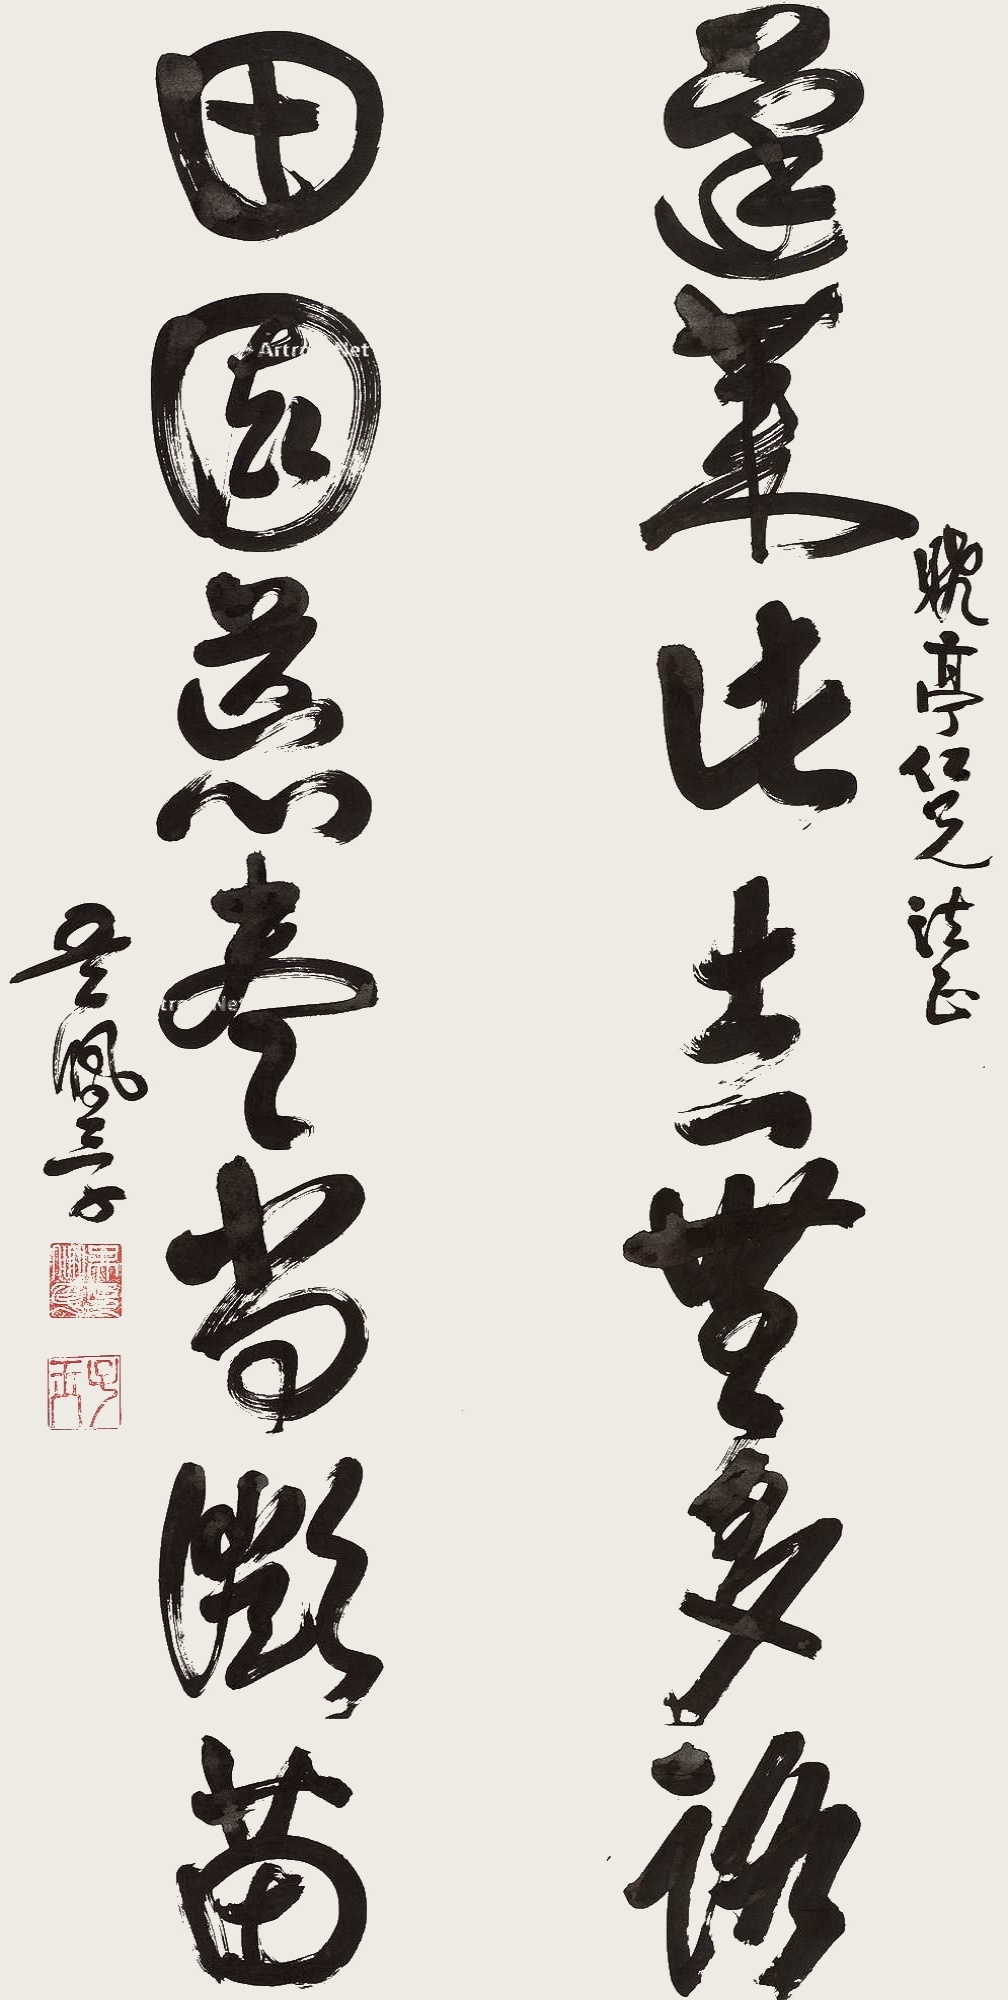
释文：蓬莱此去无多路，田园荒尽尚微苗。晓亭仁兄法正，吴佩孚。